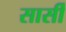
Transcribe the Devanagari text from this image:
सार्सी